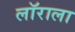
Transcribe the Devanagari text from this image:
लॉराला